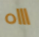
اااه